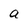
Character: a